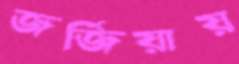
জর্জিয়ায়